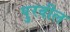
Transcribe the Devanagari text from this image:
पुरवील